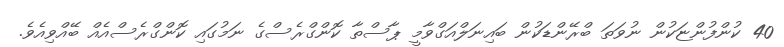
40 ކުންފުންޏަކުން ނުވަތަ ބްރޭންޑަކުން ބައިނަލްއަގްވާމީ ޕާސްތާ ކޮންގްރެސްގެ ނަމުގައި ކޮންގްރެސްއެއް ބޭއްވިއެވެ.